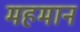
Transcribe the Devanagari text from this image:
महमान